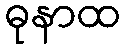
ဓုနာထ